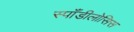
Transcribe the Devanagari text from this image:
स्पॉँडीलोसिस